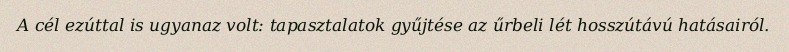
A cél ezúttal is ugyanaz volt: tapasztalatok gyűjtése az űrbeli lét hosszútávú hatásairól.